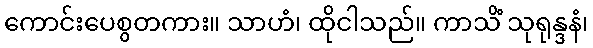
ကောင်းပေစွတကား။ သာဟံ၊ ထိုငါသည်။ ကာသိံ သုရုန္ဒနံ၊